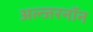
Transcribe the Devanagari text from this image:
अल्जरनॉन